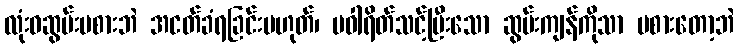
လုံးဝဆွမ်းမစားဘဲ အငတ်ခံရခြင်းမဟုတ်၊ ပဝါရိတ်သင့်ပြီးသော ဆွမ်းကျန်ကိုသာ မစားတော့ဘဲ